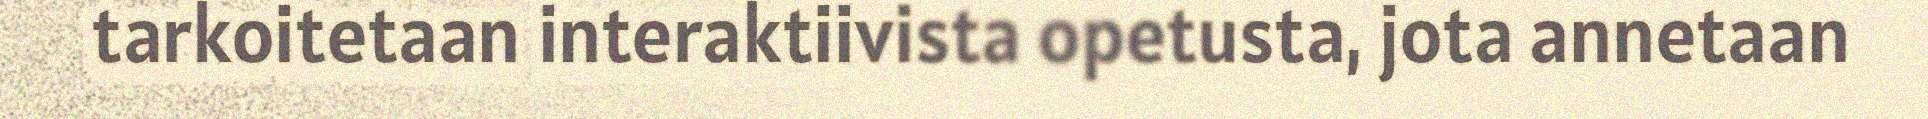
tarkoitetaan interaktiivista opetusta, jota annetaan